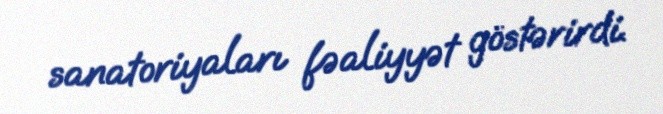
sanatoriyaları fəaliyyət göstərirdi.